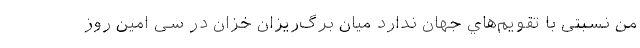
من نسبتی با تقویم‌هاي‌ جهان ندارد میان برگ‌ریزان خزان در سی امین روز